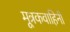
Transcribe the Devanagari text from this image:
मूत्रकवाहिनी